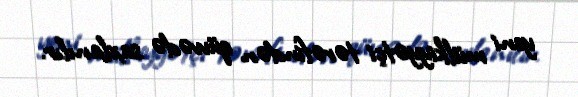
yeni mülkiyyətçi tərəfindən qüvvədə saxlanılır.